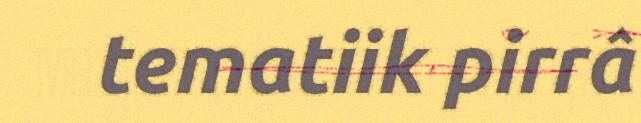
tematiik pirrâ